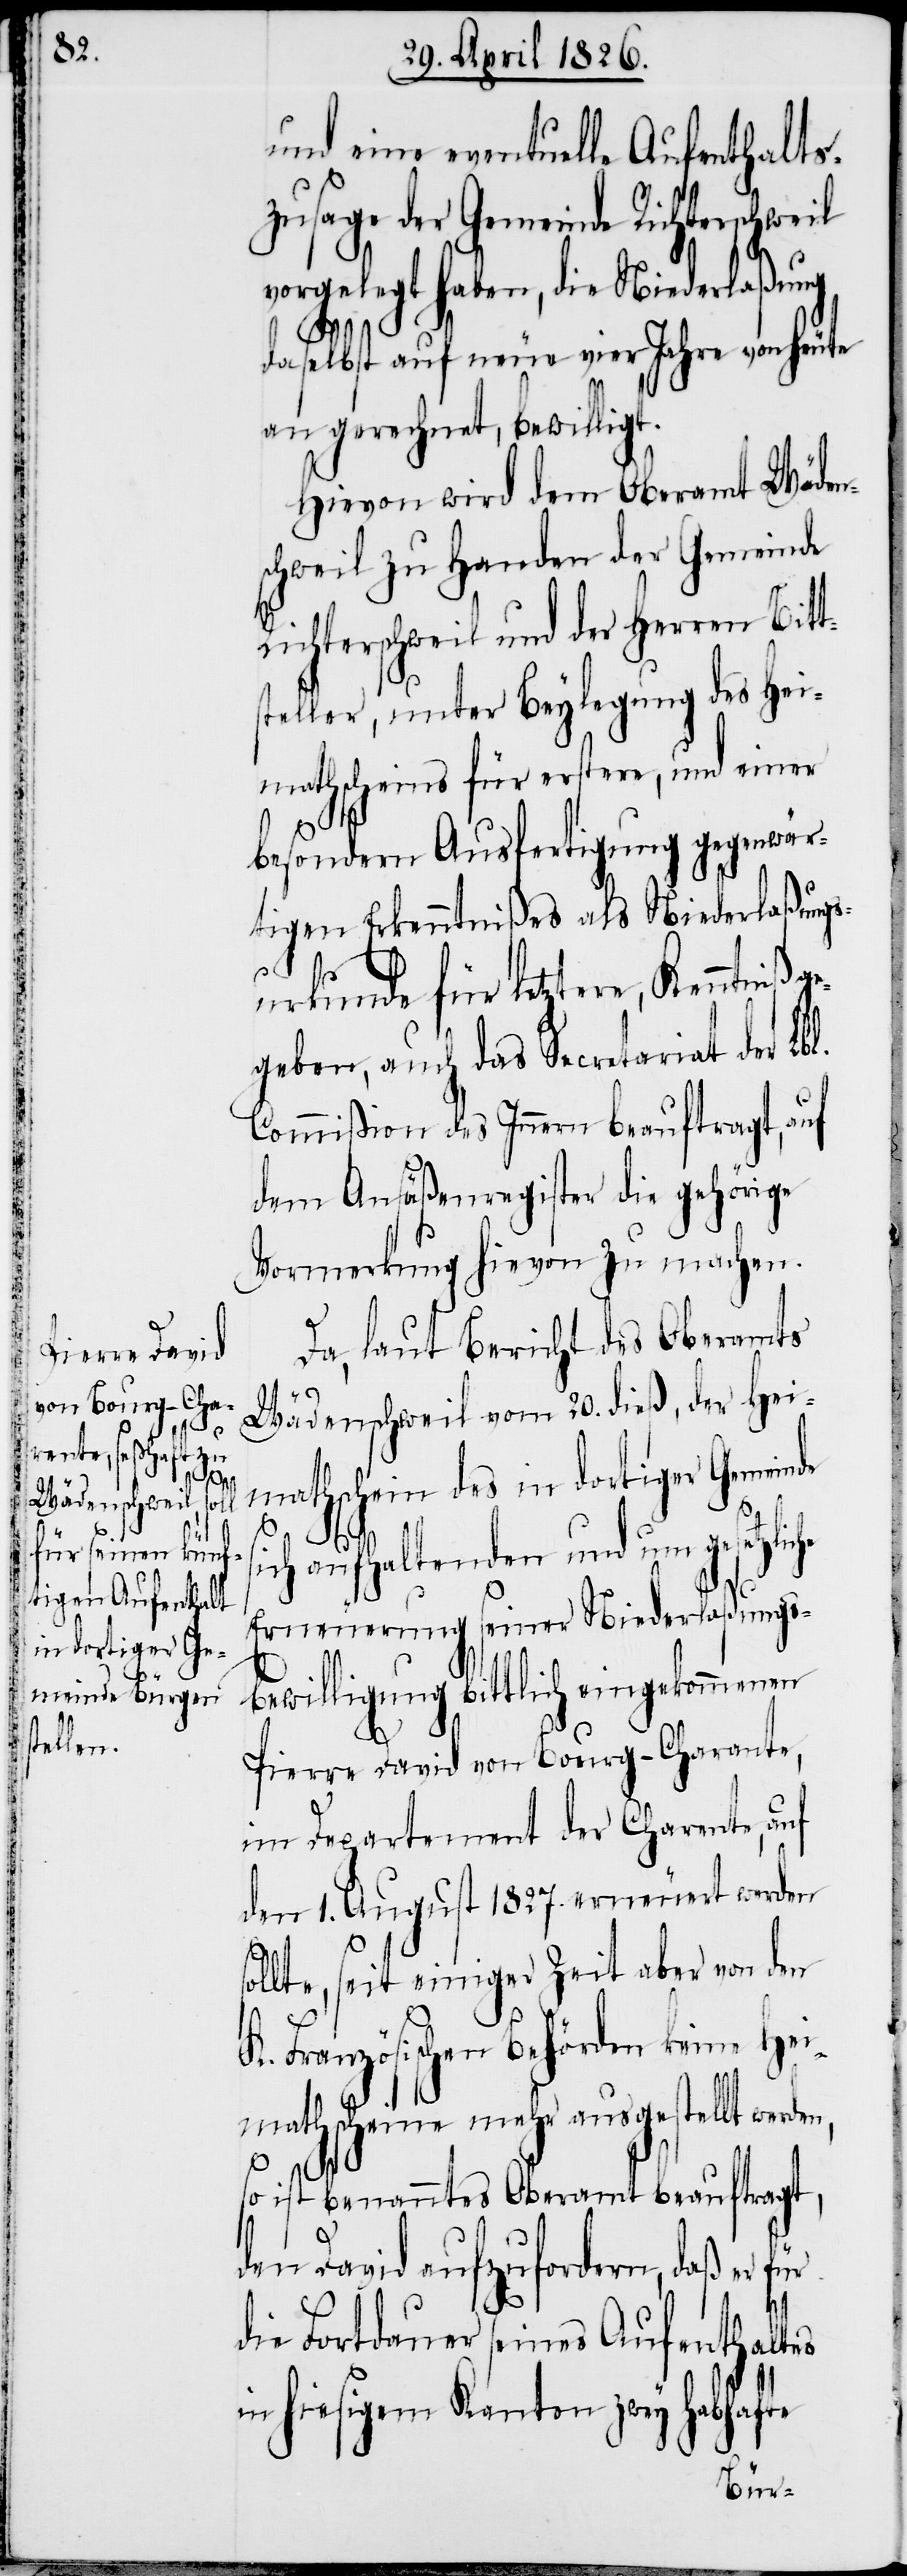
den,

und eine eventuelle Aufenthalts¬
zusage der Gemeinde Richterschweil
vorgelegt haben, die Niederlaßung
daselbst auf neue vier Jahre von heute
an gerechnet, bewilligt.
Hievon wird dem Oberamt Wäden¬
schweil zu Handen der Gemeinde
Richterschweil und der Herren Bitt¬
steller, unter Beylegung des Hei¬
mathscheins für erstere, und einer
besondern Ausfertigung gegenwär¬
tigen Erkenntnißes als Niederlaßungs¬
urkunde für letztere, Kenntniß g¬
egeben, auch das Secretariat der
Commißion des Innern beauftragt, auf
dem Ansäßenregister die gehörige
Vormerkung hievon zu machen.
Da, laut Bericht des Oberamts
Wädenschweil, vom 20. dieß, der Hei¬
mathschein des in dortiger Gemeinde
ich aufhaltenden und um gesetzli¬
Erneuerung seiner Niederlaßungs¬
bewilligung bittlich eingekommenen
Pierre David von Bourg-Charante,
im Departement der Charente, auf
den 1. August 1827. erneuert werden
s¬
ollte, seit einiger Zeit aber von den
K. Französischen Behörden keine Hei¬
mathscheine mehr ausgestellt wer¬
so ist benanntes Oberamt beauftragt,
den David aufzufordern, daß er
für
die Fortdauer seines Aufenthaltes
in hiesigem Kanton zwey habhafte